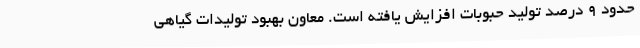
حدود 9 درصد تولید حبوبات افزایش یافته است. معاون بهبود تولیدات گیاهی